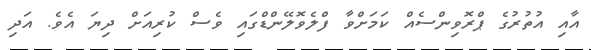
އާއި އުތުރުގެ ޕްރޮވިންސެއް ކަމަށްވާ ފްލެވޮލޭންޑްގައި ވެސް ކުރިއަށް ދިޔަ އެވެ. އަދި